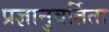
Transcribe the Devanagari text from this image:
प्रज्ञानुवर्तिता